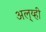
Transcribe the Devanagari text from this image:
अल््य्ही